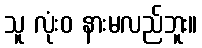
သူ လုံးဝ နားမလည်ဘူး။